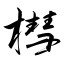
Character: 槥